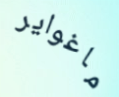
ماغواير